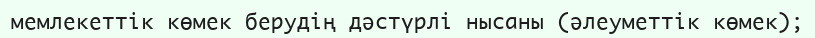
мемлекеттік көмек берудің дәстүрлі нысаны (әлеуметтік көмек);